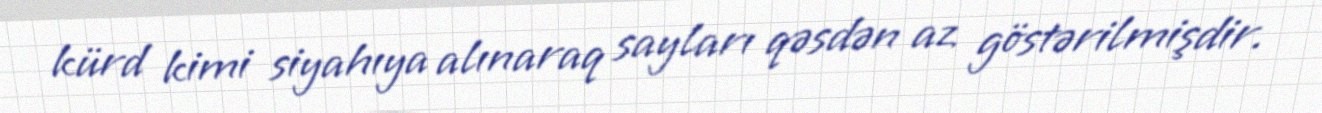
kürd kimi siyahıya alınaraq sayları qəsdən az göstərilmişdir.